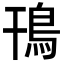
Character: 鳱